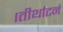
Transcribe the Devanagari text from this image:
।तीर्थाटनं